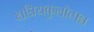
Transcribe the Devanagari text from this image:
क्षत्रियकुलोत्पन्न